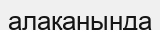
алақанында